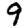
Digit: 9